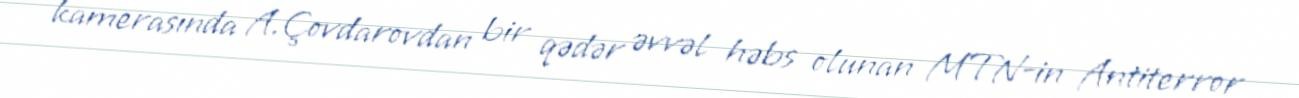
kamerasında A.Çovdarovdan bir qədər əvvəl həbs olunan MTN-in Antiterror